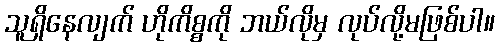
သူရှိနေလျက် ဟိုကိစ္စကို ဘယ်လိုမှ လုပ်လို့မဖြစ်ပါ။